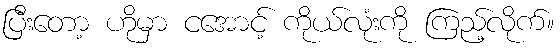
ပြီးတော့ ဟိုမှာ ငအောင့် ကိုယ်လုံးကို ကြည့်လိုက်။